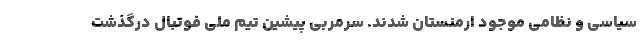
سیاسی و نظامی موجود ارمنستان شدند. سرمربی پیشین تیم ملی فوتبال درگذشت